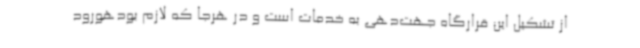
از تشکیل این قرارگاه جهت‌دهی به خدمات است و در هرجا که لازم بودهورود